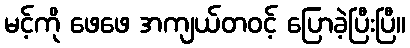
မင့်ကို ဖေဖေ အကျယ်တဝင့် ပြောခဲ့ပြီးပြီ။